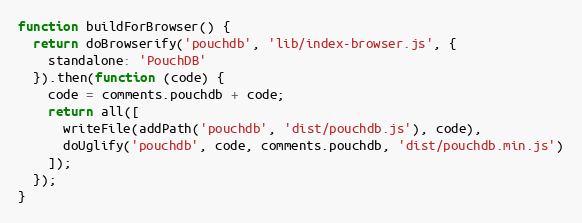
Language: JavaScript
function buildForBrowser() {
  return doBrowserify('pouchdb', 'lib/index-browser.js', {
    standalone: 'PouchDB'
  }).then(function (code) {
    code = comments.pouchdb + code;
    return all([
      writeFile(addPath('pouchdb', 'dist/pouchdb.js'), code),
      doUglify('pouchdb', code, comments.pouchdb, 'dist/pouchdb.min.js')
    ]);
  });
}